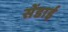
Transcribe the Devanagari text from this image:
सेंडाई